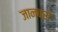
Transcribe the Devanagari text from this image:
जानबरो